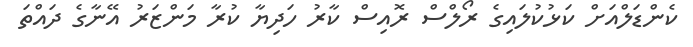
ކެންޑަލްއަށް ކަޅުކުލައިގެ ރޯލްސް ރޮއިސް ކާރު ހަދިޔާ ކުރާ މަންޒަރު އޭނާގެ ދައްތަ